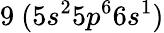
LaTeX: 9~(5s^{2}5p^{6}6s^{1})